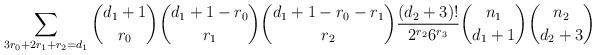
LaTeX: \begin{align*}\sum_{3r_0+2r_1+r_2=d_1} {d_1+1 \choose r_0} {d_1+1-r_0 \choose r_1} {d_1+1-r_0-r_1 \choose r_2} \frac{(d_2+3)!}{2^{r_2}6^{r_3}} {n_1 \choose d_1+1} {n_2 \choose d_2+3} \end{align*}